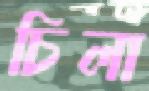
চিলা